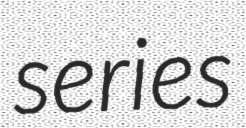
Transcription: series